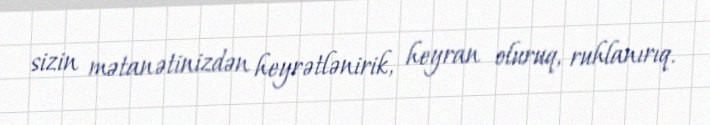
sizin mətanətinizdən heyrətlənirik, heyran oluruq, ruhlanırıq.